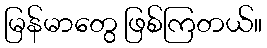
မြန်မာတွေ ဖြစ်ကြတယ်။